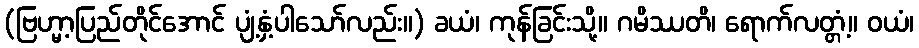
(ဗြဟ္မာ့ပြည်တိုင်အောင် ပျံ့နှံ့ပါသော်လည်း။) ခယံ၊ ကုန်ခြင်းသို့။ ဂမိဿတိ၊ ရောက်လတ္တံ့။ ဝယံ၊